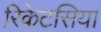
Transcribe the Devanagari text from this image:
रिकेटसिया